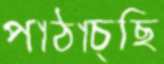
পাঠাচ্ছি